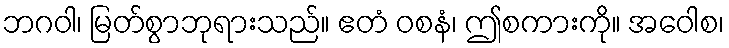
ဘဂဝါ၊ မြတ်စွာဘုရားသည်။ ဧတံ ဝစနံ၊ ဤစကားကို။ အဝေါစ၊